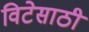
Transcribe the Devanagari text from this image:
विटेसाठी